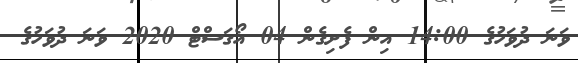
ވަނަ ދުވަހުގެ 14:00 އިން ފެށިގެން 04 އޯގަސްޓް 2020 ވަނަ ދުވަހުގެ